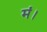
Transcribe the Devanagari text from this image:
मं।